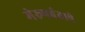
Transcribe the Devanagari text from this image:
मेरूपर्वताचे